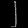
Digit: ၂